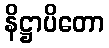
နိဋ္ဌာပိတော